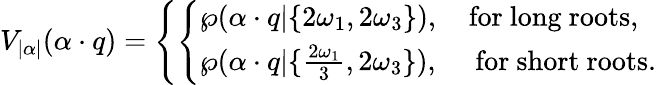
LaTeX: V_{|\alpha|}(\alpha\cdot q)=\left\{ \left\{ \begin{array}{ll}{{\wp(\alpha\cdot q|\{ 2\omega_{1},2\omega_{3}\} ),\quad\mathrm{for~long~roots},}}\\ {{\wp(\alpha\cdot q|\{ {\frac{2\omega_{1}}{3}},2\omega_{3}\} ),\quad\ \mathrm{for~short~roots}.}}\end{array}\right.\right.